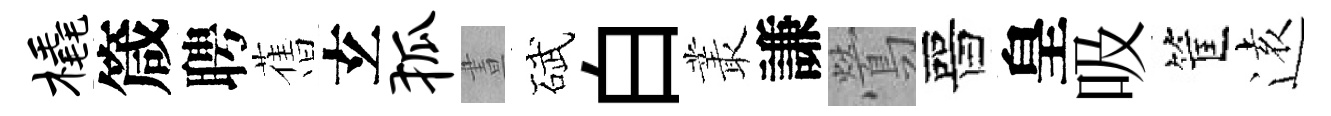
橇箴聘𦾔𤣥狐晝碔白叢謙鶯晉皇吸筐逺